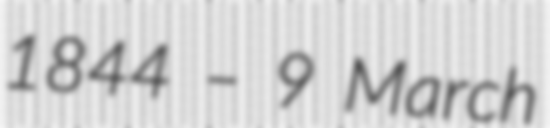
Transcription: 1844 – 9 March